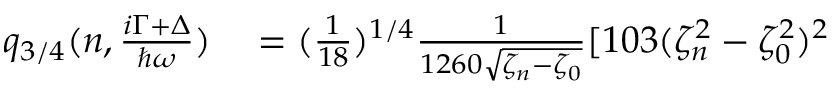
\begin{array} { r l } { q _ { 3 / 4 } ( n , \frac { i \Gamma + \Delta } { \hbar \omega } ) } & { { } = ( \frac { 1 } { 1 8 } ) ^ { 1 / 4 } \frac { 1 } { 1 2 6 0 \sqrt { \zeta _ { n } - \zeta _ { 0 } } } [ 1 0 3 ( \zeta _ { n } ^ { 2 } - \zeta _ { 0 } ^ { 2 } ) ^ { 2 } } \end{array}